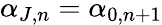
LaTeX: \alpha_{J,n}=\alpha_{0,n+1}